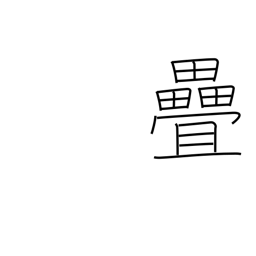
Meaning: tatami